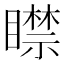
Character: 𥋴